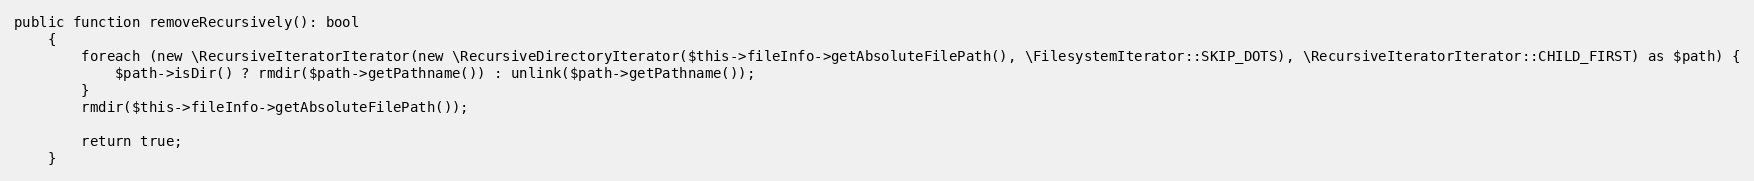
Language: PHP
public function removeRecursively(): bool
    {
        foreach (new \RecursiveIteratorIterator(new \RecursiveDirectoryIterator($this->fileInfo->getAbsoluteFilePath(), \FilesystemIterator::SKIP_DOTS), \RecursiveIteratorIterator::CHILD_FIRST) as $path) {
            $path->isDir() ? rmdir($path->getPathname()) : unlink($path->getPathname());
        }
        rmdir($this->fileInfo->getAbsoluteFilePath());

        return true;
    }